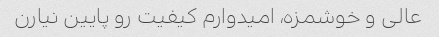
عالی و خوشمزه، امیدوارم کیفیت رو پایین نیارن